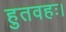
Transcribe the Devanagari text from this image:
हुतवहः।